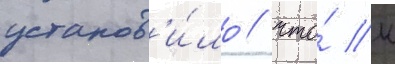
установ'и́ло / что́ к